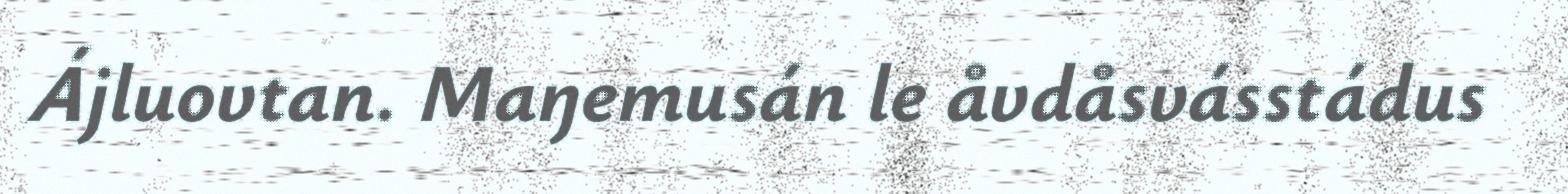
Ájluovtan. Maŋemusán le åvdåsvásstádus